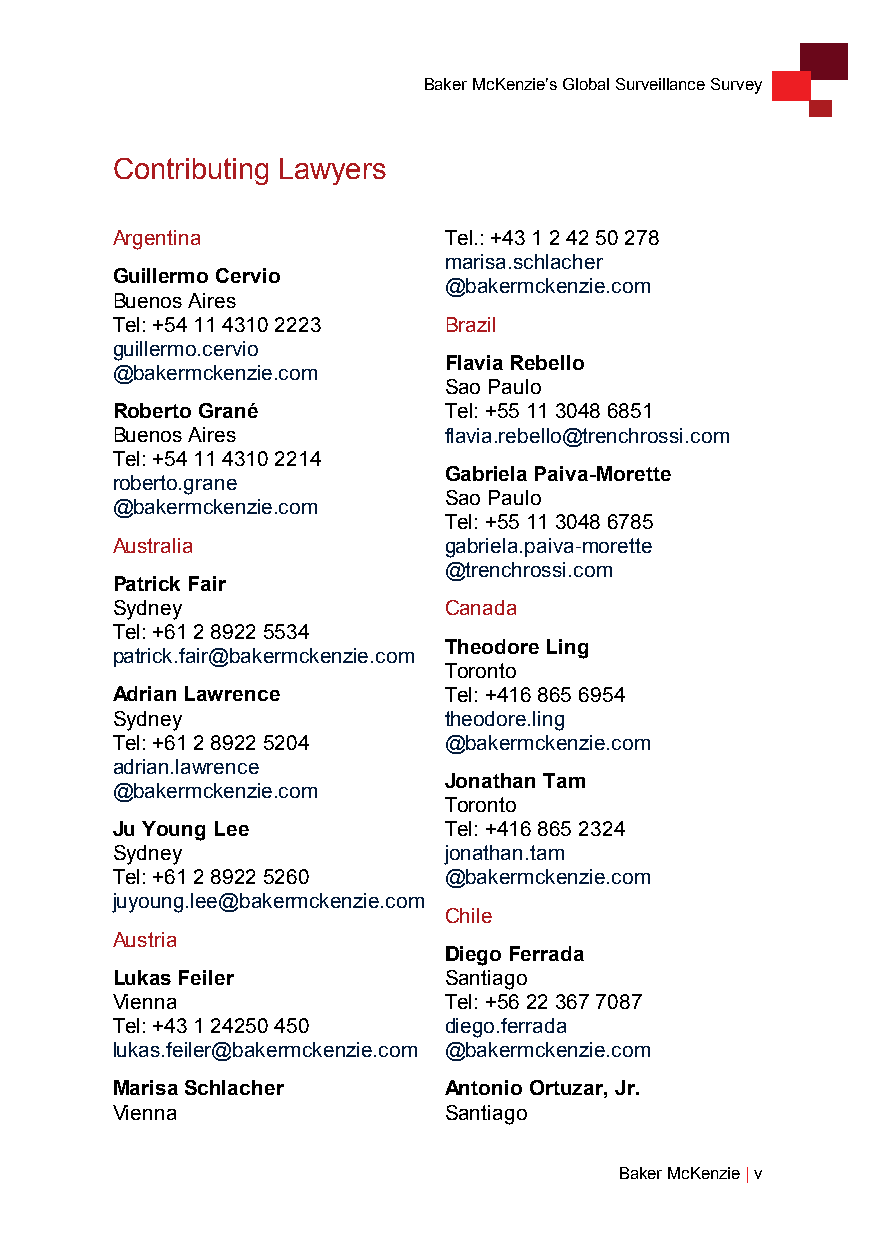
Baker McKenzie’s Global Surveillance Survey
 Contributing Lawyers
 Argentina             Tel.: +43 1 2 42 50 278
 marisa.schlacher
 Guillermo Cervio
 @bakermckenzie.com
 Buenos Aires
 Tel: +54 11 4310 2223 Brazil
 guillermo.cervio
 Flavia Rebello
 @bakermckenzie.com
 Sao Paulo
 Roberto Grané         Tel: +55 11 3048 6851
 Buenos Aires          flavia.rebello@trenchrossi.com
 Tel: +54 11 4310 2214
 Gabriela Paiva-Morette
 roberto.grane
 Sao Paulo
 @bakermckenzie.com
 Tel: +55 11 3048 6785
 Australia             gabriela.paiva-morette
 @trenchrossi.com
 Patrick Fair
 Sydney                Canada
 Tel: +61 2 8922 5534
 Theodore Ling
 patrick.fair@bakermckenzie.com
 Toronto
 Adrian Lawrence       Tel: +416 865 6954
 Sydney                theodore.ling
 Tel: +61 2 8922 5204  @bakermckenzie.com
 adrian.lawrence
 Jonathan Tam
 @bakermckenzie.com
 Toronto
 Ju Young Lee          Tel: +416 865 2324
 Sydney                jonathan.tam
 Tel: +61 2 8922 5260  @bakermckenzie.com
 juyoung.lee@bakermckenzie.com
 Chile
 Austria
 Diego Ferrada
 Lukas Feiler          Santiago
 Vienna                Tel: +56 22 367 7087
 Tel: +43 1 24250 450  diego.ferrada
 lukas.feiler@bakermckenzie.com @bakermckenzie.com
 Marisa Schlacher      Antonio Ortuzar, Jr.
 Vienna                Santiago
 Baker McKenzie | v